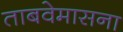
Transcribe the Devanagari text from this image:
ताबवेमासना